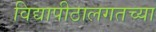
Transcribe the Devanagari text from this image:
विद्यापीठालगतच्या